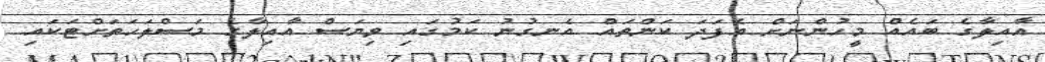
އާއިލާގެ ބައެއް މީހުންނަށް އެފަދަ ކަންތައް އެނގުނު ކަމުގައި ވިޔަސް އާއިލާގެ މަސްލަހަތަށްޓަކައި